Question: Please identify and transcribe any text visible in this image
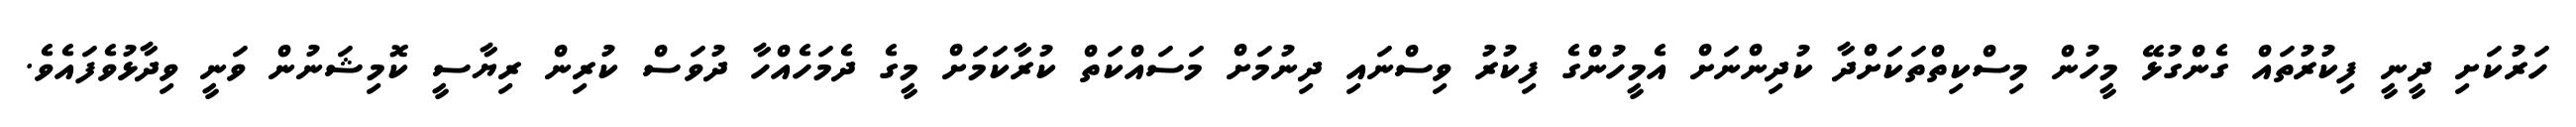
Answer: ހަރުކަށި ދީނީ ފިކުރުތައް ގެންގުޅޭ މީހުން މިސްކިތްތަކަށްދާ ކުދިންނަށް އެމީހުންގެ ފިކުރު ވިސްނައި ދިނުމަށް މަސައްކަތް ކުރާކަމަށް މީގެ ދެމަހެއްހާ ދުވަސް ކުރިން ރިޔާސީ ކޮމިޝަނުން ވަނީ ވިދާޅުވެފައެވެ.